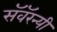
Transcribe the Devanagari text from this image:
सॅवॅरन्यी